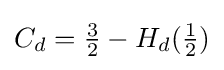
{\textstyle C_{d}={3 \over 2}-H_{d}({1 \over 2})}